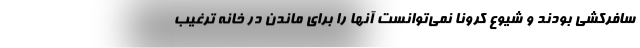
سافركشي بودند و شيوع كرونا نمي‌توانست آنها را براي ماندن در خانه ترغيب